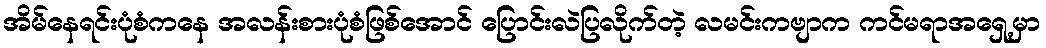
အိမ်နေရင်းပုံစံကနေ အလန်းစားပုံစံဖြစ်အောင် ပြောင်းလဲပြလိုက်တဲ့ လမင်းကဗျာက ကင်မရာအရှေ့မှာ